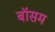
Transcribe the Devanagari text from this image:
बॉसम